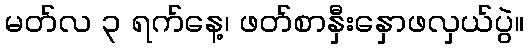
မတ်လ ၃ ရက်နေ့၊ ဖတ်စာနှီးနှောဖလှယ်ပွဲ။